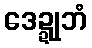
ဒေဍ္ဍုဘံ